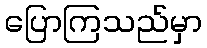
ပြောကြသည်မှာ